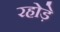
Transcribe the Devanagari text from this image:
रहोड़े